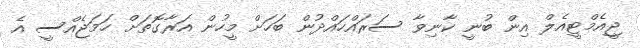
ޖީއެމްޓީއެލް އިން ބުނީ ކާނިވާ ސަރައްހައްދުން ބަހަށް މީހުން އަރާގޮތަށް ހަމަޖެއްސީ އެ